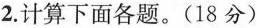
2.计算下面各题。(18分)